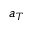
a _ { T }